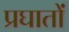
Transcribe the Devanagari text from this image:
प्रघातों